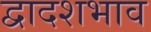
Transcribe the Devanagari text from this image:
द्वादशभाव